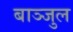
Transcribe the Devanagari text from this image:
बाञ्जुल